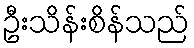
ဦးသိန်းစိန်သည်